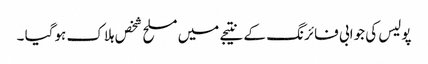
پولیس کی جوابی فائرنگ کے نتیجے میں مسلح شخص ہلاک ہوگیا ۔